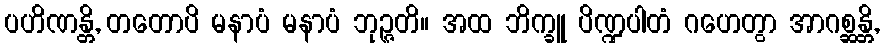
ပဟိဏန္တိ, တတောပိ မနာပံ မနာပံ ဘုဉ္ဇတိ။ အထ ဘိက္ခူ ပိဏ္ဍပါတံ ဂဟေတွာ အာဂစ္ဆန္တိ,